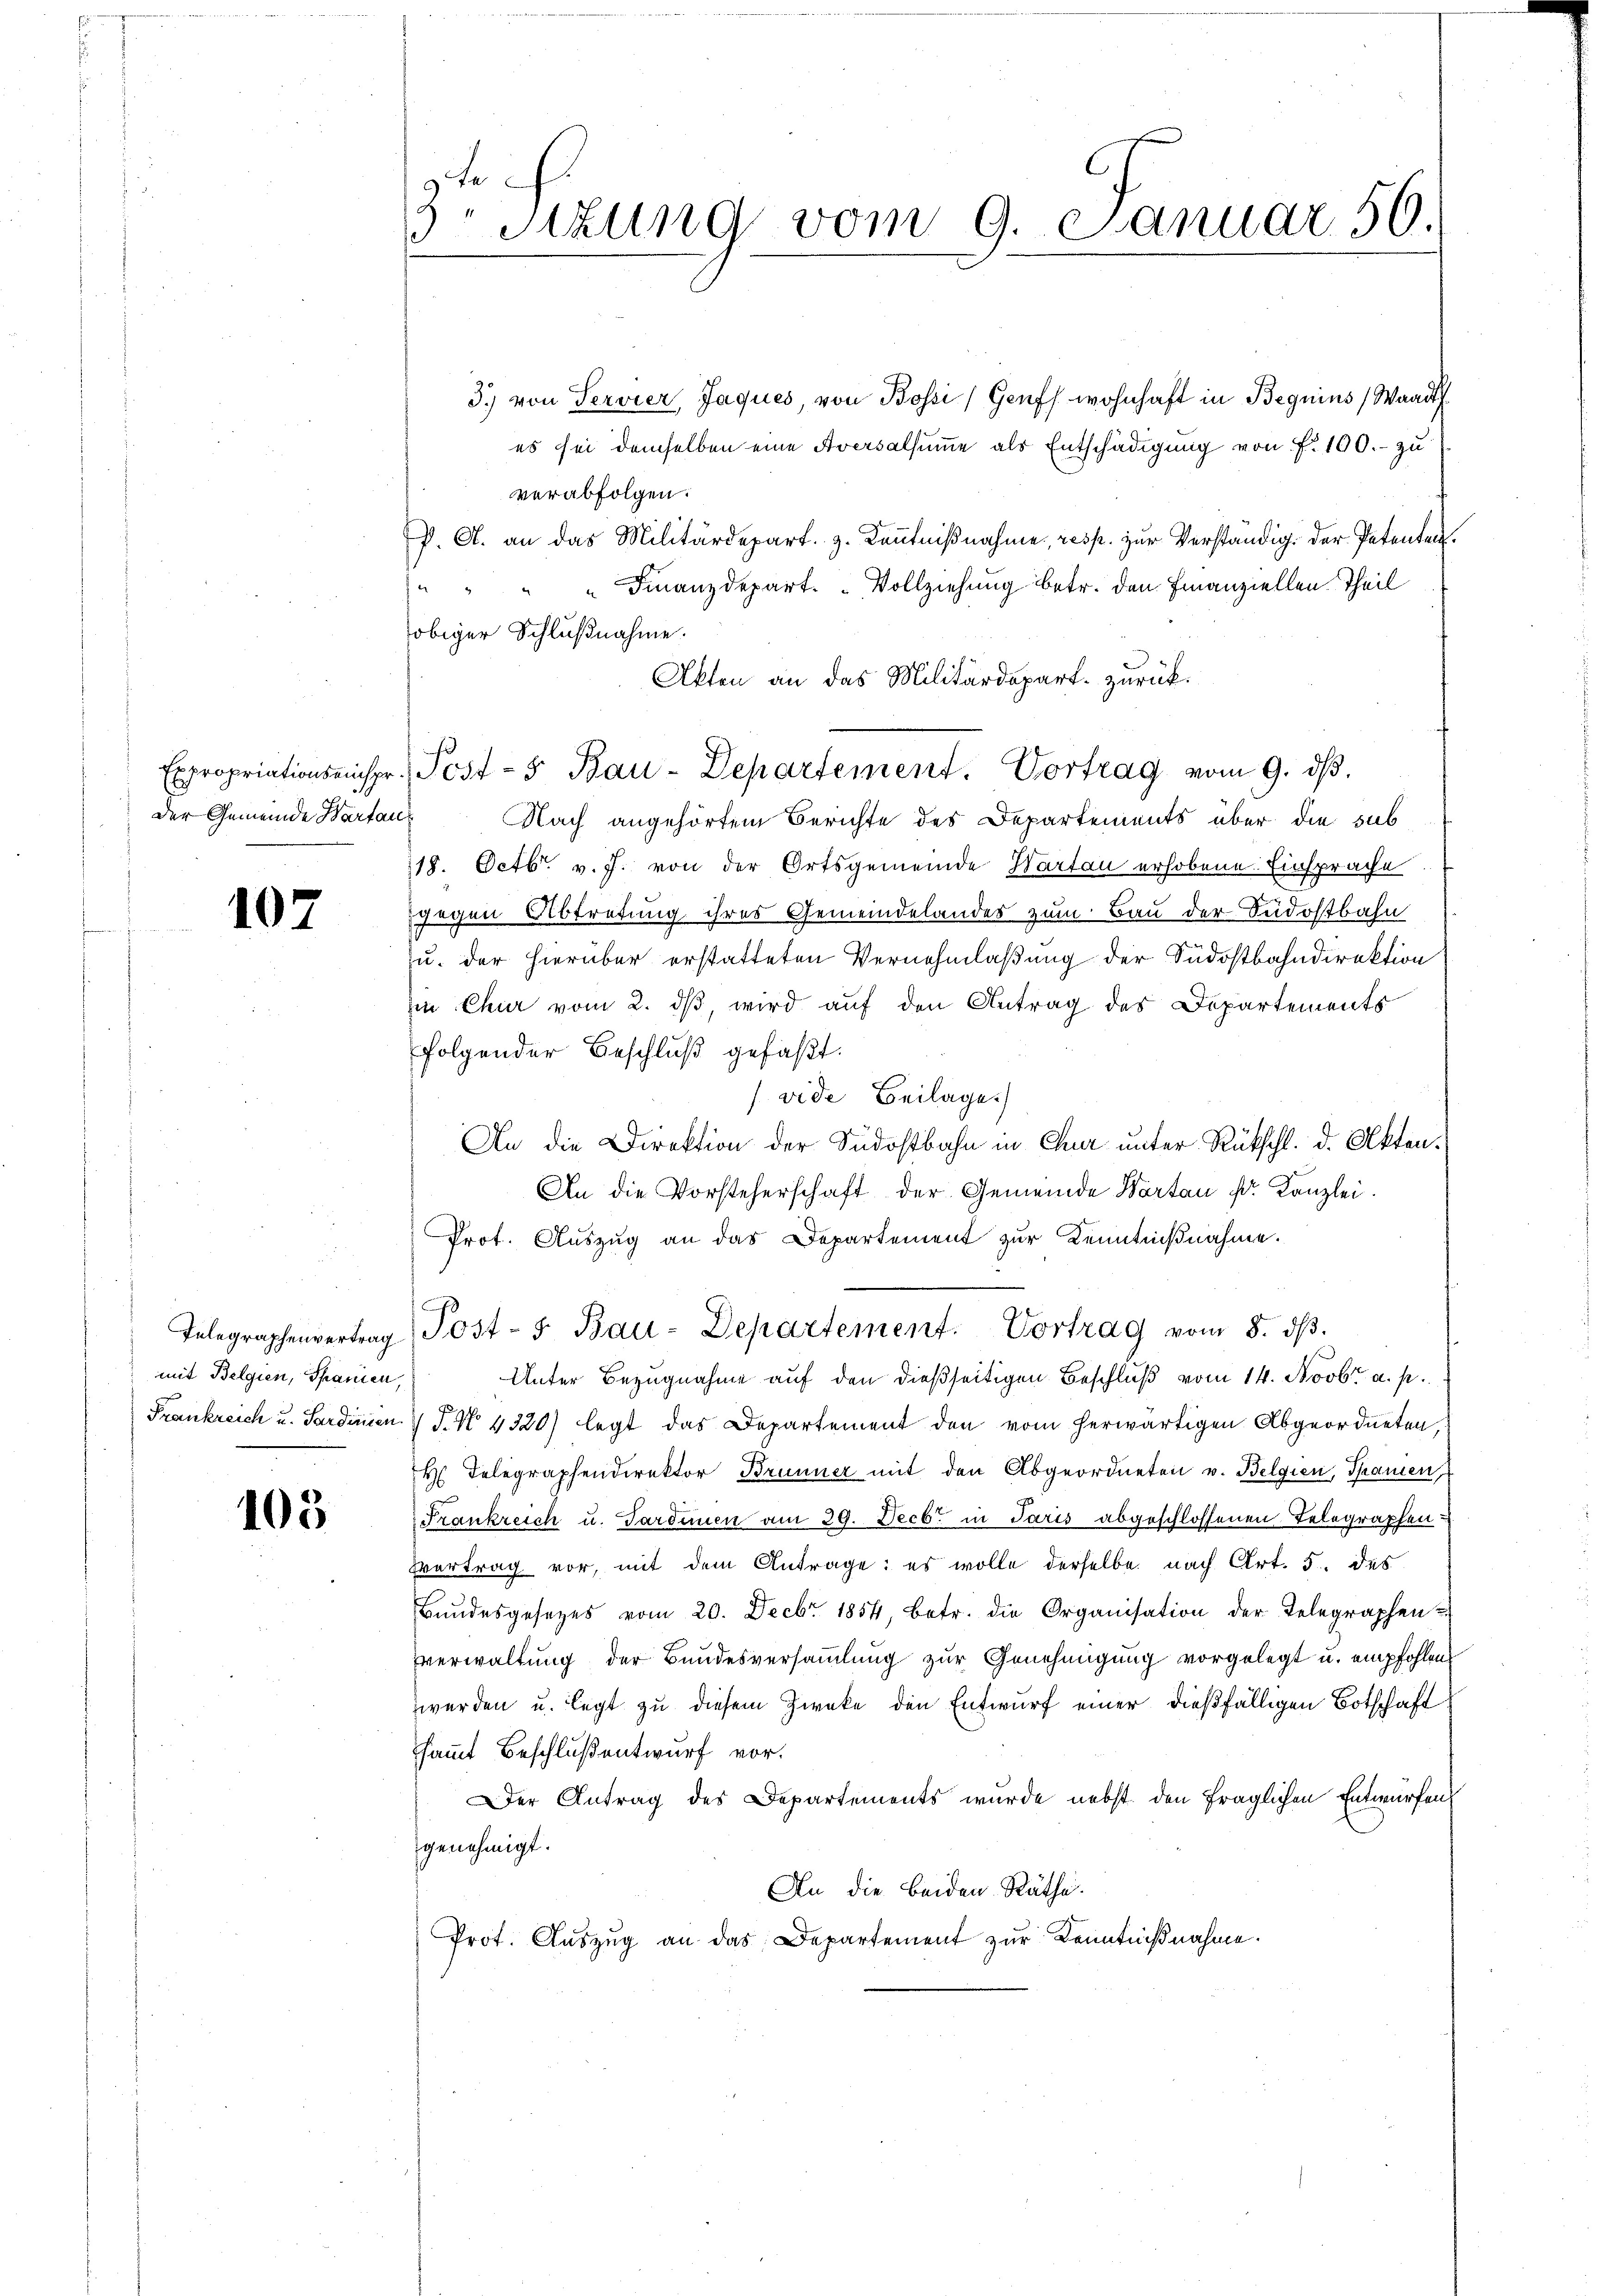
Der Gemeinde Wartan¬

107

3.) von Servier, Jaques, von Bossi, Genf wohnhaft in Beguins (Waadt
es sei demselben eine Aversalsumme als Entschädigung von f. 100.- zu
verabfolgen.
P. A. an das Militärdepart. 3. Kenntnißnahme, resp. zur Verständig der Petenten.
 " " " Finanzdepart. Vollziehung betr. den Finanziellen Theil
obiger Schlußnahme.
Akten an das Militärdepart zurück¬
Nach angehörtem Berichte des Departements über die sub
18. Octbr. v. J. von der Ortsgemeinde Wartau erhobene Einsprache
gegen Abtretung ihres Gemeindelandes zum Bau der Südostbahn
u. der hierüber erstatteten Vernehmlaßung der Südostbahndirektion
in Chur vom 2. dβ wird auf den Antrag des Departements
folgender Beschluß gefaßt.
vide Beilage)
An die Direktion der Südostbahn in Chur unter Rückschl. d. Akten.
An die Vorsteherschaft der Gemeinde Karten Dr. Kanzlei.
Prot. Auszug an das Departement zur Kenntnißnahme.
Telegraphenvertrag Post- 5. Bau-Departement. Vortrag vom 8. dβ.
Unter Bezugnahme auf den dießseitigen Beschluß vom 14. Novbr. a. p.
Frankreich u. Sardinien V S. N. 4320) legt das Departement den vom herwärtigen Abgeordneten,
H Telegraphendirektor Brunner mit den Abgeordneten v. Belgien, Spanien,
Frankreich u. Pardinen am 29. Decb. in Paris abgeschlossenen Telegraphen¬
Vertrag vor, mit dem Antrage: es wolle derselbe nach Art. 5. des
Bŭndesgesetzes vom 20. Decbr 1854, betr. die Organisation der Telegraphen-
sverwaltung der Bundesversammlung zur Genehmigung vorgelegt u. empfohlen
werden u. legt zu diesem Zweke den Entwurf einer dießfälligen Botschaft
sammt Beschluß entwurf vor.
Der Antrag des Departements wurde nebst den fraglichen Entwürfen
genehmigt.
An die beiden Räthe.
Prot. Auszug an das Departement zur Kenntnißnahme.

mit Belgien, Spanien,

103

9 Fe
3 Sitzung vom 9. Januar 56.

Expropriationseinspr. Post- & Bau-Departement. Vortrag vom 9. dβ.